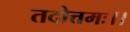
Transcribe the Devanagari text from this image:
तदोत्तमः।।